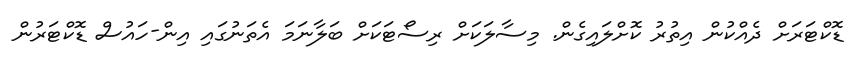
ޑޮކްޓަރަށް ދެއްކުން އިތުރު ކޮށްލައިގެން. މިސާލަކަށް ރިސޯޓަކަށް ބަލާނަމަ އެތަނުގައި އިން-ހައުސް ޑޮކްޓަރުން